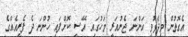
އެގޮތުން ވިދާޅުވީ އަންނަ ޖެނުއަރީ މަހުގައި އޭސީ ކޮށްފައި ހުންނަ ދެ ފެރީއެއްގެ